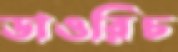
ডাওরিচ